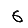
Digit: 6